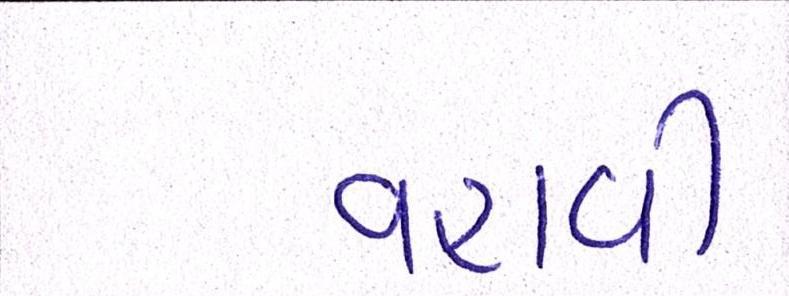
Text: વહાવી